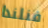
فنلندا